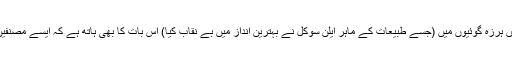
میرا خیال ہے کہ مابعد جدیدیت کی سائنس کے بارے میں ہرزہ گوئیوں میں (جسے طبیعات کے ماہر ایلن سوکل نے بہترین انداز میں بے نقاب کیا) اس بات کا بھی ہاتھ ہے کہ ایسے مصنفین کو سکول میں سائنس کس طرح سے پڑھائی گئی تھی ۔